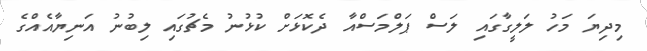
މިދިޔަ މަހު ލަލީގާގައި ލަސް ޕަލްމަސްއާ ދެކޮޅަށް ކުޅުނު މެޗުގައި ލިބުނު އަނިޔާއެއްގެ